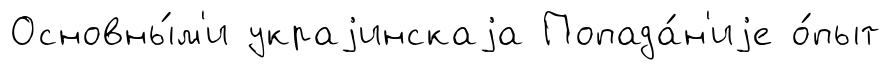
Основны́м'и украjинскаjа Попада́н'иjе о́пыт